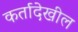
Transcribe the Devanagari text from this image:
कर्तादेखील